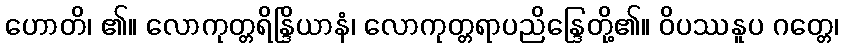
ဟောတိ၊ ၏။ လောကုတ္တရိန္ဒြိယာနံ၊ လောကုတ္တရာပညိန္ဒြေတို့၏။ ဝိပဿနူပ ဂတ္တေ၊